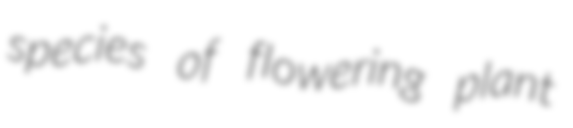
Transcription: species of flowering plant